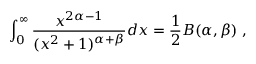
\int _ { 0 } ^ { \infty } \frac { x ^ { 2 \alpha - 1 } } { ( x ^ { 2 } + 1 ) ^ { \alpha + \beta } } d x = \frac { 1 } { 2 } B ( \alpha , \beta ) \; ,